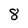
Character: 8